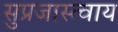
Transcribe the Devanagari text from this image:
सुप्रजास्त्वाय